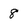
Character: 8